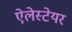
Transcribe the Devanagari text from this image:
ऐलेस्टेयर